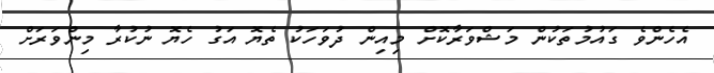
އެހެންވެ ގައުމުތަކުން މަޝްވަރާކޮށް މިއިން ދުވަހަކު ތެޔޮ އަގު ހެޔޮ ނުކުރާ މިންވަރަށް